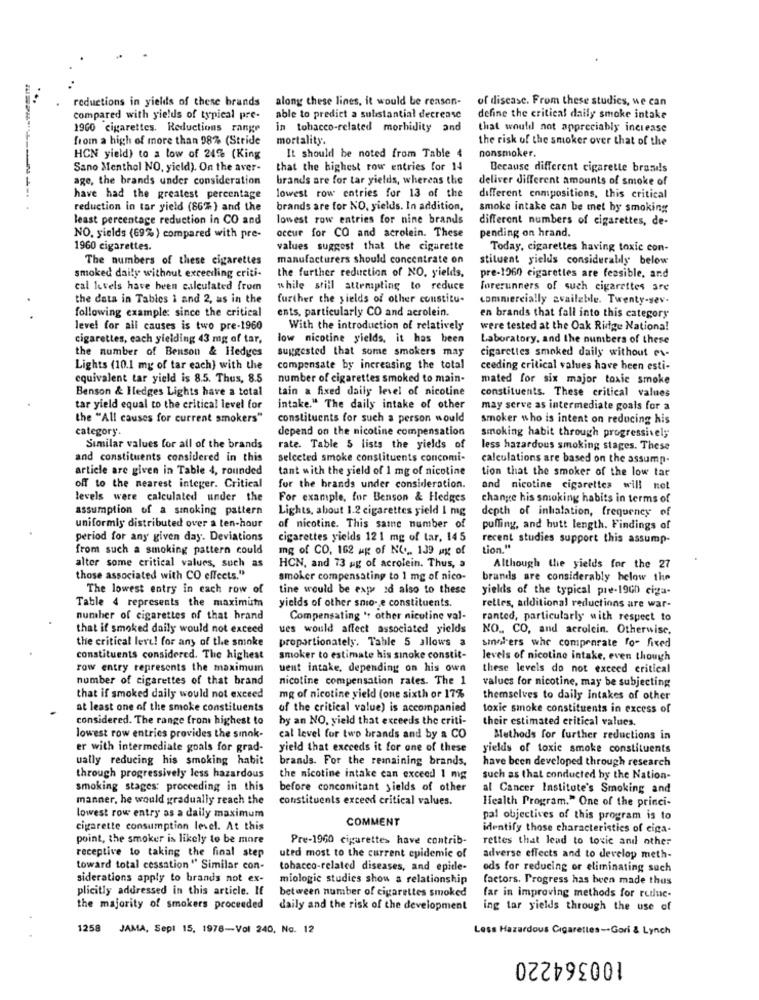
reductions in yields of these brands
along these lines, it would be reason-
of disease. From these studies, we can
compared with yields of typical pre-
able to predict a substantial decrease
define the critical daily smoke intake
1960 cigarettes. Reductions range
in tobacco-related morbidity and
that would not appreciably increase
from a high of more than 98% (Stride
mortality.
the risk of the smoker over that of the
nonsmoker.
HCN yield) to a low of 24% (King
It should be noted from Table 4
Sano Menthol NO, yield). On the aver-
that the highest row entries for 14
Because different cigarette brand!s
age, the brands under consideration
brands are for tar yields, whereas the
deliver different amounts of smoke of
have had the greatest percentage
lowest row entries for 13 of the
different enmpositions, this critical
reduction in tar yield (86% ) and the
brands are for NO, yields. In addition,
smoke intake can be met by smoking
least percentage reduction in CO and
lowest row entries for nine brands
different numbers of cigarettes, de-
pending on hrand.
NO. yields (69% ) compared with pre-
occur for CO and acrolein. These
1960 cigarettes.
values suggest that the cigarette
Today, cigarettes having toxic con-
The numbers of these cigarettes
manufacturers should concentrate on
stituent yields considerably below
smoked daily without exceedling criti-
the further reduction of NO. yields,
pre-1960 cigaretles are feasible, and
cal levels have been calculated from
while still attempting to reduce
forerunners of such cigarettes are
the data in Tables 1 and 2, as in the
further the yields of other constitu-
commercially available. Twenty-sev.
following example: since the critical
ents, particularly CO and acrolein.
en brands that fall into this category
level for all causes is two pre-1960
With the introduction of relatively
were tested at the Oak Ridge National
cigarettes, each yielding 43 mg of tar,
low nicotine yields, it has been
Laboratory, and the numbers of these
the number of Benson & Hedges
suggested that some smokers may
cigarettes smoked daily without ex-
Lights (10.1 mg of tar each) with the
compensate by increasing the total
ceeding critical values have been esti-
equivalent tar yield is 8.5. Thus, 8.5
number of cigarettes smoked to main-
mated for six major toxic smoke
Benson & Hedges Lights have a total
tain a fixed daily level of nicotine
constituents. These critical values
tar yield equal to the critical level for
intake." The daily intake of other
may serve as intermediate goals for a
the "All causes for current smokers"
constituents for such a person would
smoker who is intent on reducing his
category.
depend on the nicotine compensation
smoking habit through progressively
Similar values for all of the brands
rate. Table 5 lists the yields of
less hazardous smoking stages. These
and constituents considered in this
selected smoke constituents concomi-
calculations are based on the assump-
article are given in Table 4, rounded
tant with the yield of 1 mg of nicotine
tion that the smoker of the low tar
off to the nearest integer. Critical
for the brands under consideration.
and nicotine cigarettes will not
levels were calculated under the
For example, for Benson & Hedges
change his smoking habits in terms of
assumption of a smoking pattern
Lights, about 1.2 cigarettes yield 1 mg
depth of inhalation, frequency of
uniformly distributed over a ten-hour
of nicotine. This same number of
puffing, and hutt length. Findings of
period for any given day. Deviations
cigarettes yields 121 mg of tar, 145
recent studies support this assump-
from such a smoking pattern could
mg of CO, 162 kg of NO ... 139 mg of
tion."
alter some critical values, such as
HCN, and 73 ag of acrolein. Thus, a
Although the yields for the 27
those associated with CO effects."
smoker compensating to 1 mg of nico-
brands are considerably below the
The lowest entry in each row of
tine would be expe ed also to these
yields of the typical pre-19GD ciga-
Table 4 represents the maximum
yields of other smio- e constituents.
rettes, additional reductions are war-
number of cigarettes of that hrand
Compensating " other nicotine val-
ranted, particularly with respect to
that if smoked daily would not exceed
ues would affect associated yields
NO ., CO, and acrolein. Otherwise,
the critical leve! for any of the smoke
proportionately. Table 5 allows a
sinolers whe comprarate for fixed
constituents considered. The highest
smoker to estimate his sinoke constit-
levels of nicotine intake, even though
row entry represents the maximum
uent intake, depending on his own
these levels do not exceed critical
number of cigarettes of that brand
nicotine compensation rates. The 1
values for nicotine, may be subjecting
that if smoked daily would not exceed
mg of nicotine yield (one sixth or 17%
themselves to daily Intakes of other
at least one of the smoke constituents
of the critical value) is accompanied
toxic smoke constituents in excess of
considered. The range from highest to
by an NO, yield that exceeds the criti-
their estimated critical values.
lowest row entries provides the smok-
cal level for two brands and by a CO
Methods for further reductions in
er with intermediate goals for grad-
yield that exceeds it for one of these
yields of toxic smoke constituents
ually reducing his smoking habit
brands. For the remaining brands.
have been developed through research
through progressively less hazardous
the nicotine intake can exceed 1 mg
such as that conducted by the Nation-
smoking stages: proceeding in this
before concomitant yields of other
al Cancer Institute's Smoking and
manner, he would gradually reach the
constituents exceed critical values.
Health Program." One of the princi-
lowest row entry as a daily maximum
COMMENT
pal objectives of this program is to
cigarette consumption level. At this
identify those characteristics of eiga-
point, the smoker is likely to be more
Pre-1960 cigarettes have contrib-
rettes that lead to toxic and other
receptive to taking the final step
uted most to the current epidemic of
adverse effects and to develop meth-
toward total cessation " Similar con-
tobacco-related diseases, and epitle-
ods for reducing or eliminating such
siderations apply to brands not ex-
miologie studies show a relationship
factors. Progress has been made thus
plicitly addressed in this article. If
between number of cigarettes smoked
far in improving methods for reduc-
the majority of smokers proceeded
daily and the risk of the development
ing tar yields through the use of
1258 JAMA, Sept 15, 1978-Vol 240, No. 12
Less Hazardous Cigarettes -- Gori & Lynch
100364220